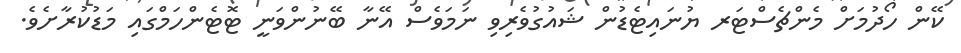
ކޭން ހޯދުމަށް މެންޗެސްޓަރ ޔުނައިޓެޑުން ޝައުގުވެރިވި ނަމަވެސް އޭނާ ބޭނުންވަނީ ޓޮޓެންހަމްގައި މަޑުކުރާށެވެ.